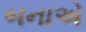
બનાએ